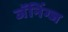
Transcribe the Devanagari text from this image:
जॅनिंग्ज